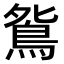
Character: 𫠔